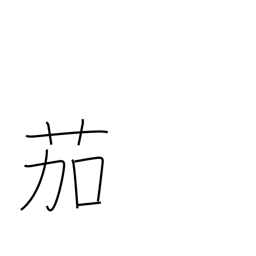
Meaning: eggplant